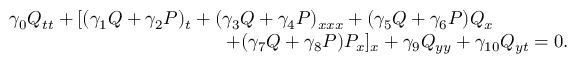
\begin{array} { r } { \gamma _ { 0 } Q _ { t t } + [ ( \gamma _ { 1 } Q + \gamma _ { 2 } P ) _ { t } + ( \gamma _ { 3 } Q + \gamma _ { 4 } P ) _ { x x x } + ( \gamma _ { 5 } Q + \gamma _ { 6 } P ) Q _ { x } \qquad \qquad } \\ { + ( \gamma _ { 7 } Q + \gamma _ { 8 } P ) P _ { x } ] _ { x } + \gamma _ { 9 } Q _ { y y } + \gamma _ { 1 0 } Q _ { y t } = 0 . } \end{array}